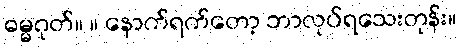
ဓမ္မဂုတ်။ ။ နောက်ရက်တော့ ဘာလုပ်ရသေးတုန်း။